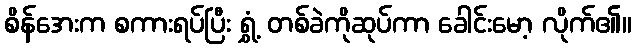
စိန်အေးက စကားရပ်ပြီး ရွှံ့ တစ်ခဲကိုဆုပ်ကာ ခေါင်းမော့ လိုက်၏။